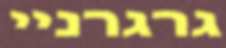
גרגרניי